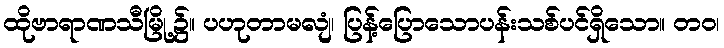
ထိုဗာရာဏသီမြို့၌။ ပဟုတာမလျံ၊ ပြန့်ပြောသောပန်းသစ်ပင်ရှိသော။ တဝ၊